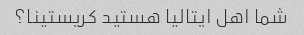
شما اهل ایتالیا هستید کریستینا؟